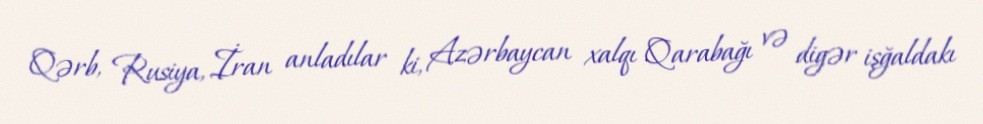
Qərb, Rusiya, İran anladılar ki, Azərbaycan xalqı Qarabağı və digər işğaldakı